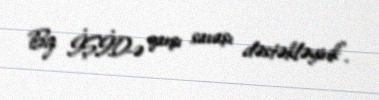
Biz İŞİD-ə qarşı savaşı dəstəkləyirik”.